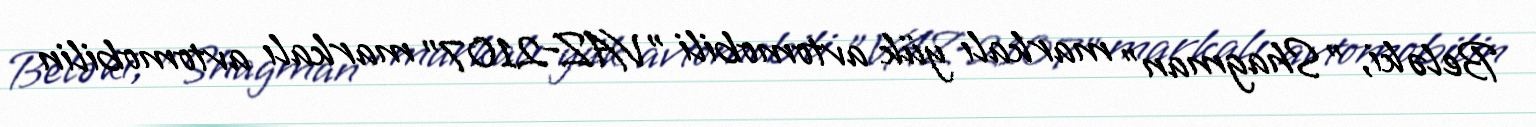
Belə ki, "Shagman" markalı yük avtomobili "VAZ-2107" markalı avtomobilin